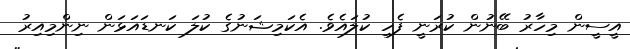
އީސީން މިހާރު ބޭނުން ކުރަނީ ފެހި ކުލައެވެ. އެކަމިޝަނުގެ ކުލަ ކަނޑައަޅަން ނިންމިއިރު